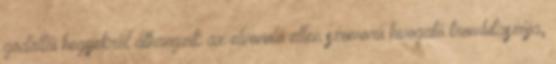
gödöllői hegyekről áthangzik az elvonuló ellen szomorú hivogató trombitaszója;